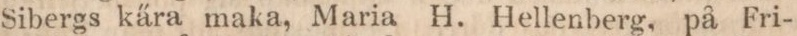
Sibergs kära maka, Maria H. Hellenberg, på Fri-